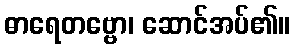
ဓာရေတဗ္ဗော၊ ဆောင်အပ်၏။